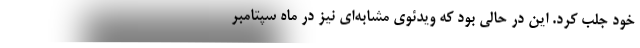
خود جلب کرد. این در حالی بود که ویدئوی مشابه‌ای نیز در ماه سپتامبر